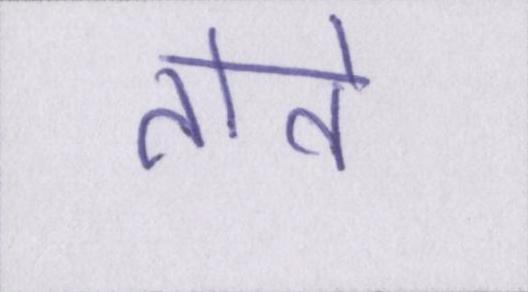
तोते